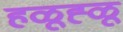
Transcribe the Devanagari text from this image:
हळूह्ळू